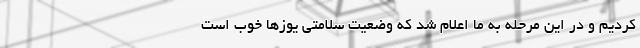
کردیم و در این مرحله به ما اعلام شد که وضعیت سلامتی یوزها خوب است